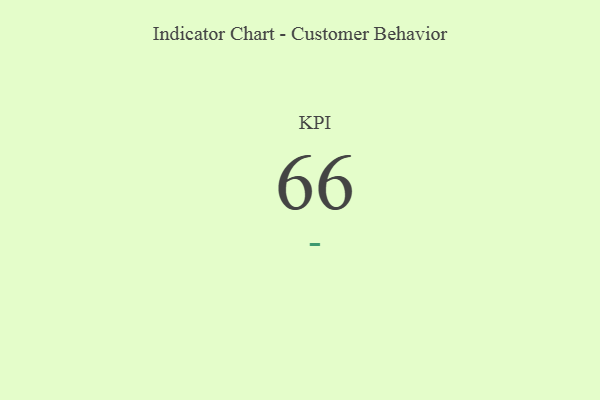
{"axis": {"x": "KPI", "y": "Value"}, "legend": [""], "data": [{"x": "KPI", "y": 66, "type": ""}]}